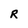
Character: R